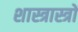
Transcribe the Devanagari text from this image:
शास्त्रास्त्रों